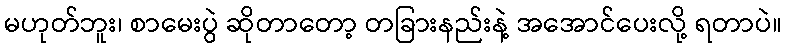
မဟုတ်ဘူး၊ စာမေးပွဲ ဆိုတာတော့ တခြားနည်းနဲ့ အအောင်ပေးလို့ ရတာပဲ။